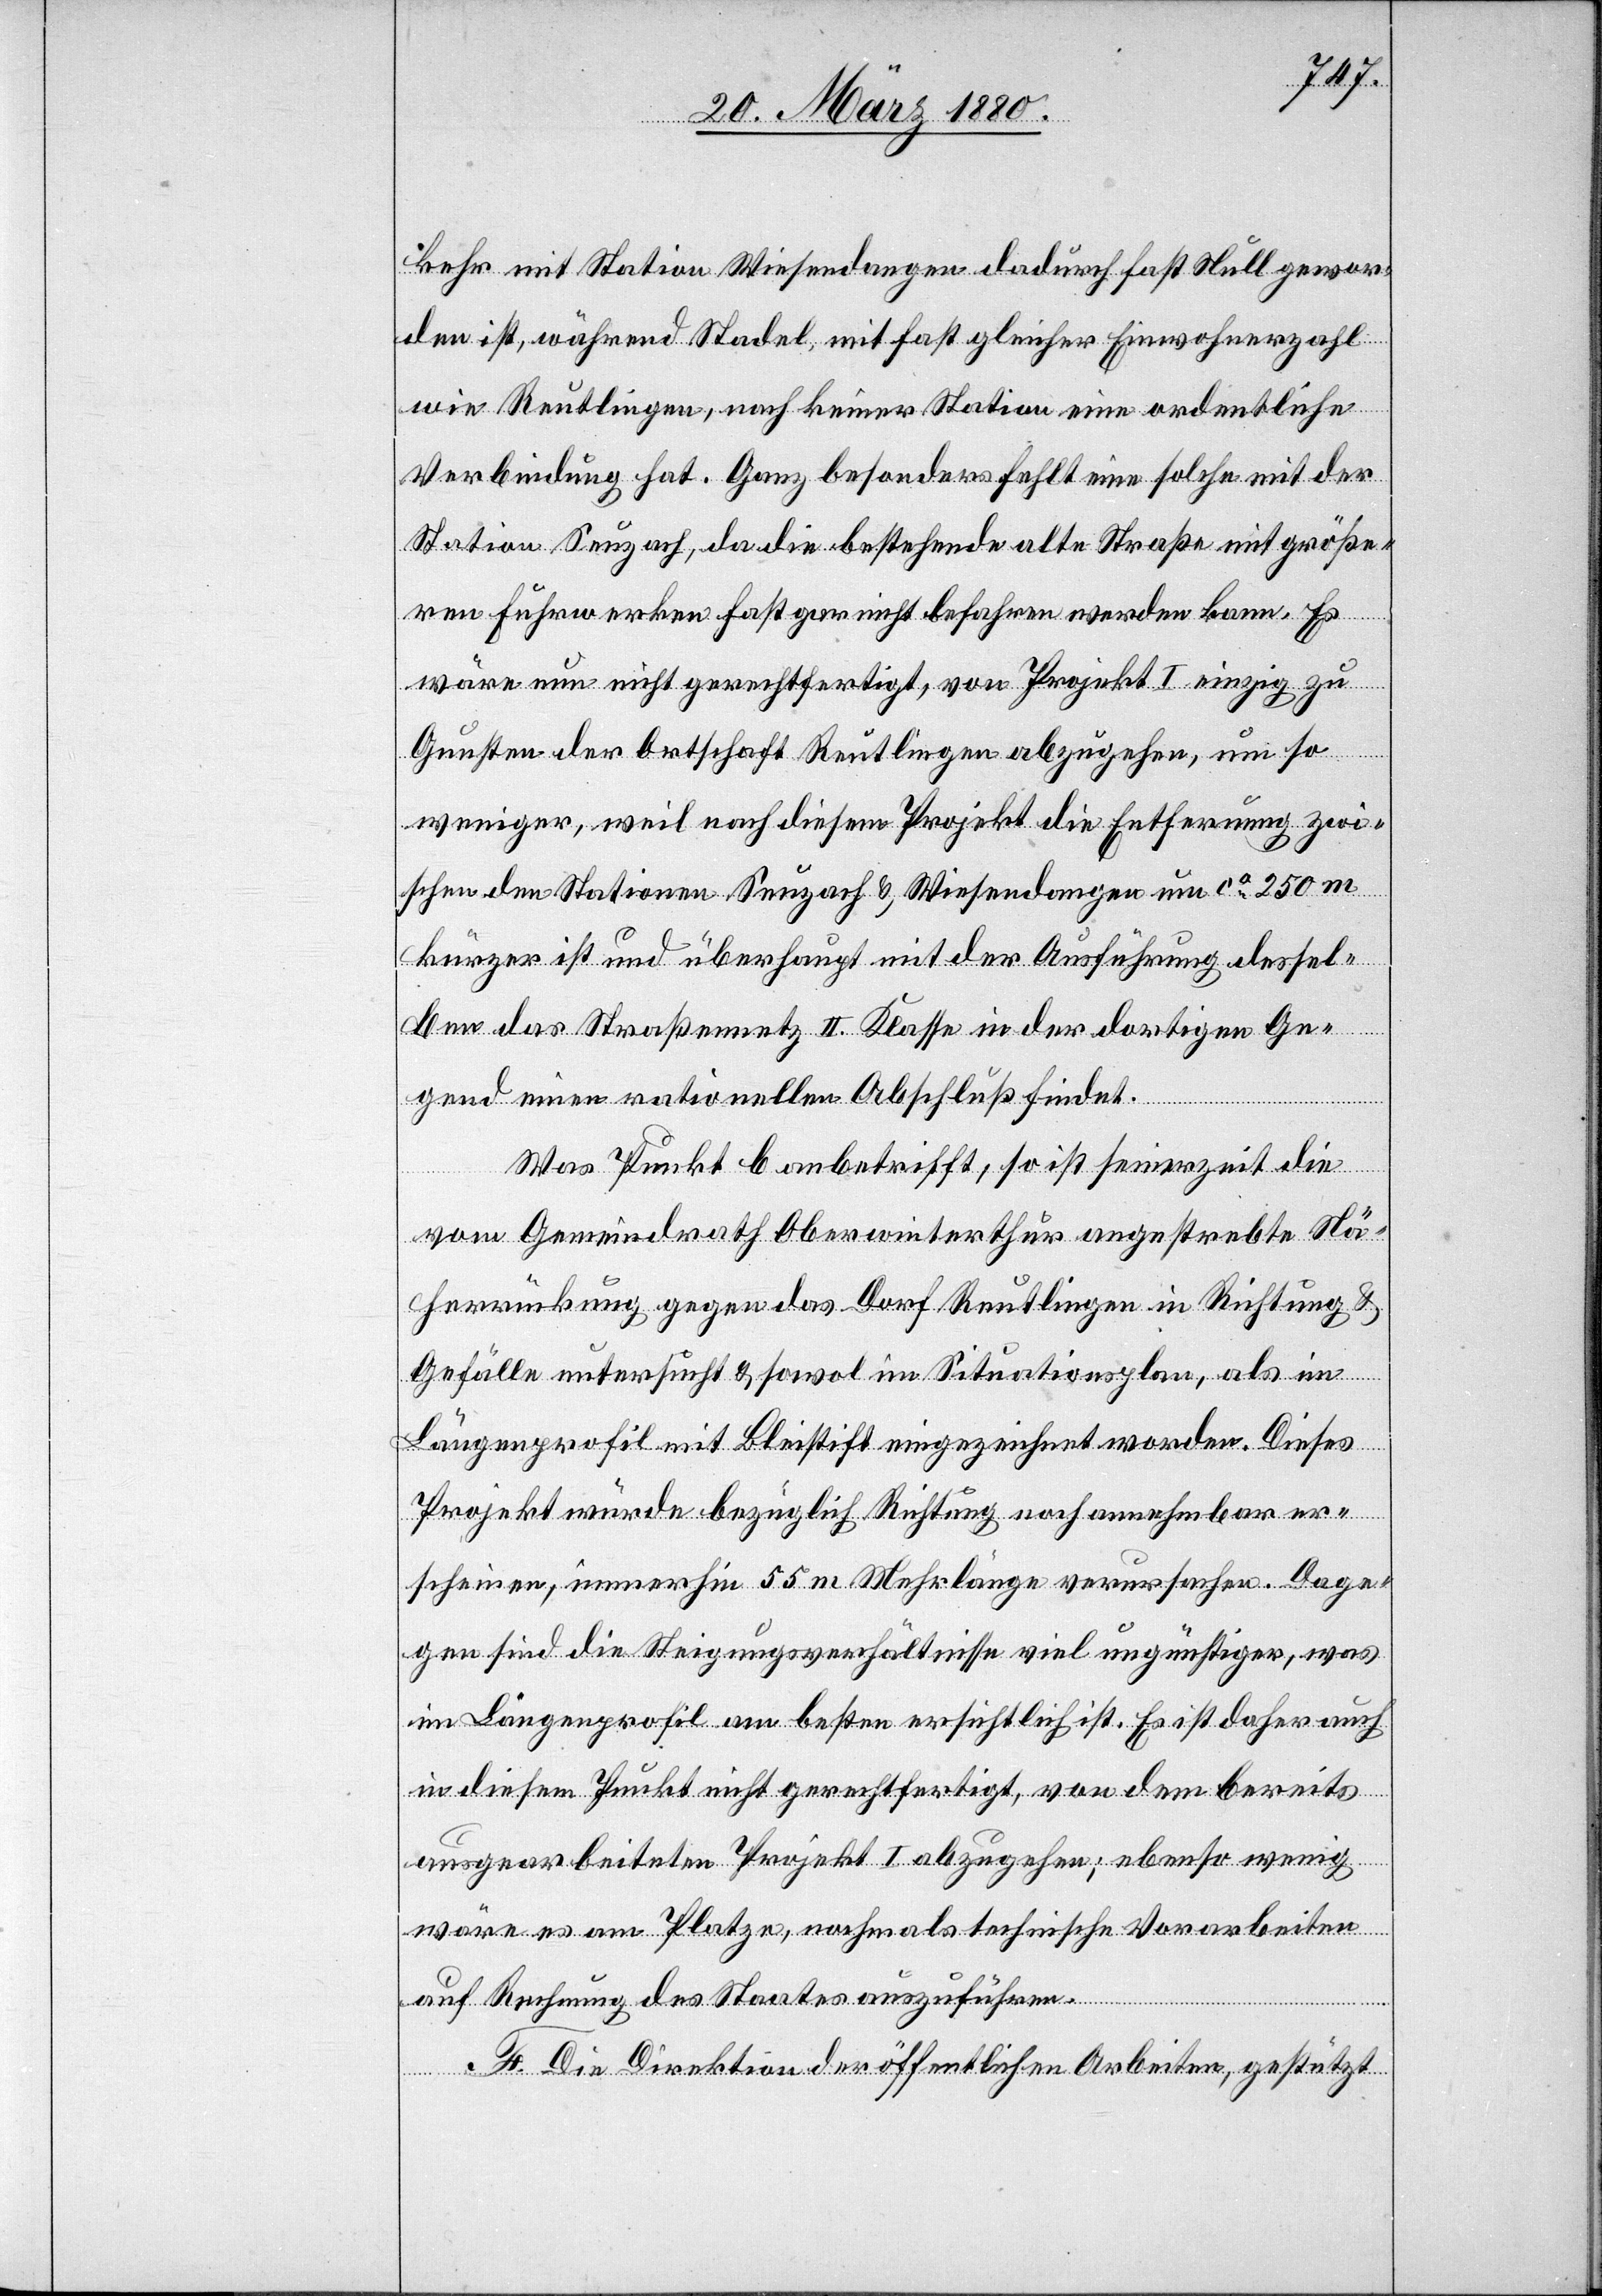
kehr mit Station Wiesendangen dadurch fast Null gewor¬
den ist, während Stadel, mit fast gleicher Einwohnerzahl
wie Reutlingen, nach keiner Station eine ordentliche
Verbindung hat. Ganz besonders fehlt eine solche mit der
Station Seuzach, da die bestehende alte Straße mit größe¬
ren Fuhrwerken fast gar nicht befahren werden kann. Es
wäre nun nicht gerechtfertigt, von Projekt I einzig zu
Gunsten der Ortschaft Reutlingen abzugehen, um so
weniger, weil nach diesem Projekt die Entfernung zwi¬
schen den Stationen Seuzach & Wiesendangen um ca 250 m
kürzer ist und überhaupt mit der Ausführung dessel¬
ben das Straßennetz II. Klasse in der dortigen Ge¬
gend einen rationellen Abschluß findet.
Was Punkt b anbetrifft, so ist seinerzeit die
vom Gemeindrath Oberwinterthur angestrebte Nä¬
herrückung gegen das Dorf Reutlingen in Richtung &
Gefälle untersucht & sowol im Situationsplan, als im
Längenprofil mit Bleistift eingezeichnet worden. Dieses
Projekt würde bezüglich Richtung noch annehmbar er¬
scheinen, immerhin 55 m Mehrlänge verursachen. Dage¬
gen sind die Steigungsverhältnisse viel ungünstiger, was
im Längenprofil am besten ersichtlich ist. Es ist daher auch
in diesem Punkt nicht gerechtfertigt, von dem bereits
ausgearbeiteten Projekt I abzugehen; ebenso wenig
wäre es am Platze, nochmals technische Vorarbeiten
auf Rechnung des Staates auszuführen.
F. Die Direktion der öffentlichen Arbeiten, gestützt